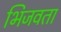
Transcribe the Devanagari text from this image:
भिजवता